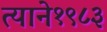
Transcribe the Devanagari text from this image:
त्याने१९८३